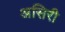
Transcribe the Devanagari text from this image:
असिरी